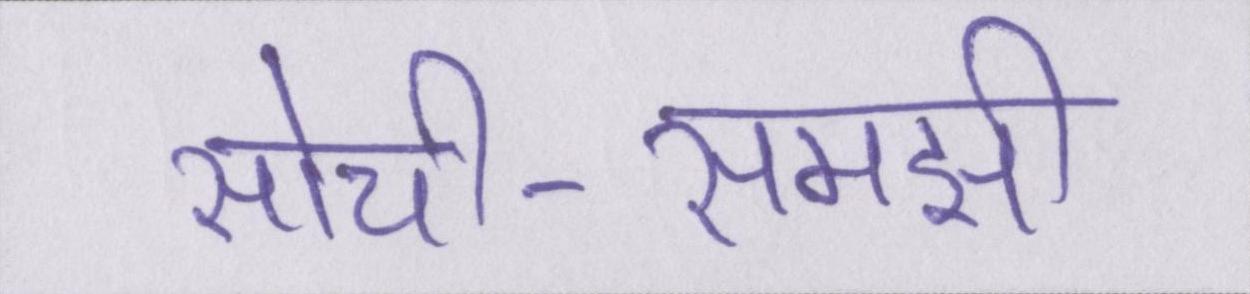
सोची-समझी